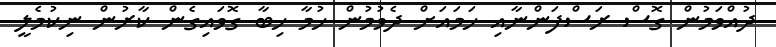
ދުއްވަމުން ގޮސް ރަސްފަންނާއި ހަމައަށް ދެވުމުން ހުމާ ހިބާ ގޮވައިގެން ކާރުން ނިކުމެލީ